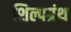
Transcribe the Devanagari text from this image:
शिल्पग्रंथ